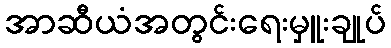
အာဆီယံအတွင်းရေးမှူးချုပ်